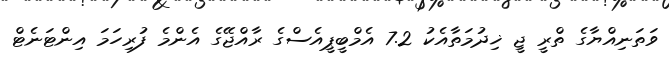
ވަތަނިއްޔާގެ ތްރީ ޖީ ޚިދުމަތާއެކު 7.2 އެމްބީޕީއެސްގެ ރާއްޖޭގެ އެންމެ ފުރިހަމަ އިންޓަނެޓް